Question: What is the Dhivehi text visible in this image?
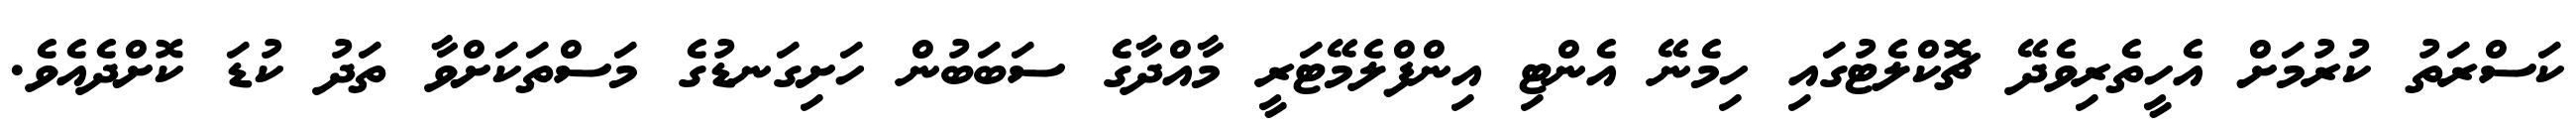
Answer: ކަސްރަތު ކުރުމަށް އެހީތެރިވެދޭ ޗޮކްލެޓުގައި ހިމެނޭ އެންޓި އިންފްލެމޭޓަރީ މާއްދާގެ ސަބަބުން ހަށިގަނޑުގެ މަސްތަކަށްވާ ތަދު ކުޑަ ކޮށްދެއެވެ.